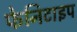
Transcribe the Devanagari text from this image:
फेनिटाइप